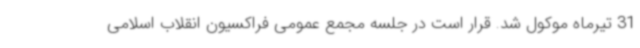
31 تیرماه موکول شد. قرار است در جلسه مجمع عمومی فراکسیون انقلاب اسلامی